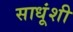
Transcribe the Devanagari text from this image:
साधूंशी